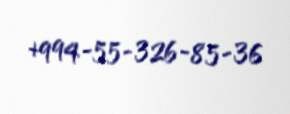
+994-55-326-85-36